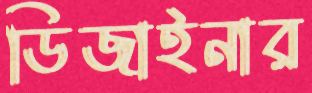
ডিজাইনার